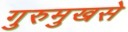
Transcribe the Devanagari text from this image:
गुरुमुखसे